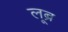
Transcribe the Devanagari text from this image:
लूब्र